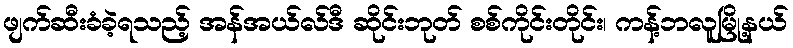
ဖျက်ဆီးခံခဲ့ရသည့် အန်အယ်လ်ဒီ ဆိုင်းဘုတ် စစ်ကိုင်းတိုင်း၊ ကန့်ဘလူမြို့နယ်